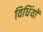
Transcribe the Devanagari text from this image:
विधिंयों